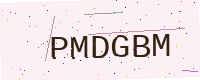
Text: PMDGBM